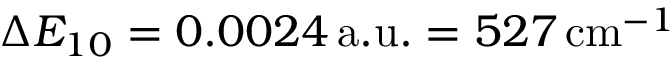
\Delta E _ { 1 0 } = 0 . 0 0 2 4 \, \mathrm { a . u . } = 5 2 7 \, \mathrm { c m } ^ { - 1 }